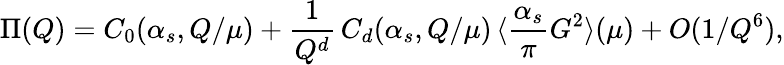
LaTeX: \Pi(Q)=C_{0}(\alpha_{s},Q/\mu)+\frac{1}{Q^{d}}\, C_{d}(\alpha_{s},Q/\mu)\, \langle\frac{\alpha_{s}}{\pi}G^{2}\rangle(\mu)+O(1/Q^{6}),